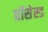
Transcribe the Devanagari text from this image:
प्रॉसेस्ड